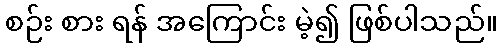
စဉ်း စား ရန် အကြောင်း မဲ့၍ ဖြစ်ပါသည်။